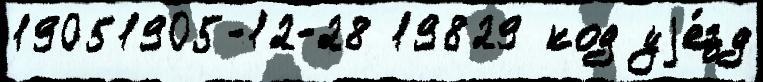
19051905-12-28 19829 код уjе́зд